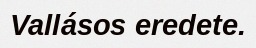
Vallásos eredete.